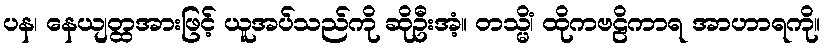
ပန၊ နေယျတ္ထအားဖြင့် ယူအပ်သည်ကို ဆိုဦးအံ့။ တသ္မိံ၊ ထိုကဗဠိကာရ အာဟာရကို။